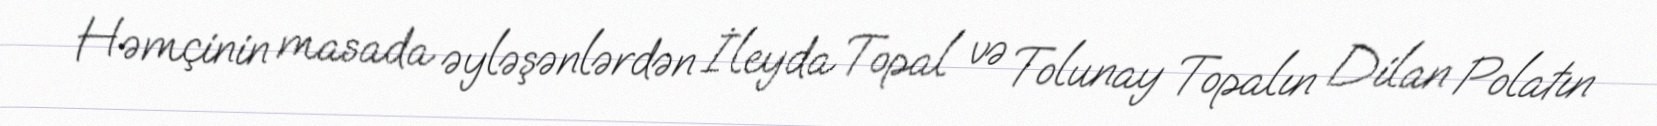
Həmçinin masada əyləşənlərdən İleyda Topal və Tolunay Topalın Dilan Polatın